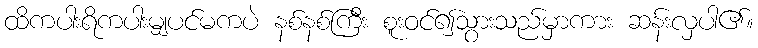
ထိကပါးရိကပါးမျှပင်မကပဲ နစ်နစ်ကြီး စူးဝင်၍သွားသည်မှာကား ဆန်းလှပါ၏။